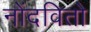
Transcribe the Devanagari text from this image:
नोंदवितो